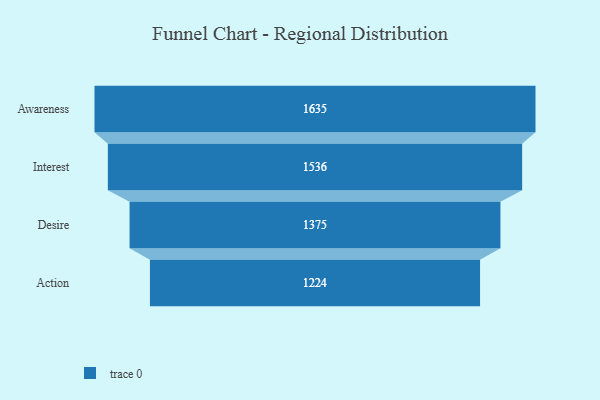
{"axis": {"x": "Stage", "y": "Value"}, "legend": [""], "data": [{"x": "Awareness", "y": 1635.0, "type": ""}, {"x": "Interest", "y": 1536.0, "type": ""}, {"x": "Desire", "y": 1375.0, "type": ""}, {"x": "Action", "y": 1224.0, "type": ""}]}